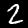
Digit: 2